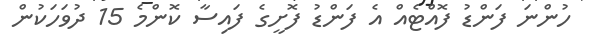
ހުންނަ ފަންޑު ފޮއްޓެއް އެ ފަންޑު ފޮށީގެ ފައިސާ ކޮންމެ 15 ދުވަހަކުން